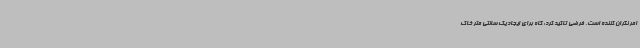
امر نگران کننده است. فرضی تاکید کرد: گاه برای ایجاد یک سانتی متر خاک